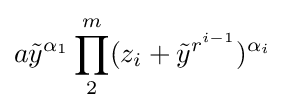
a{\tilde {y}}^{\alpha _{1}}\prod _{2}^{m}(z_{i}+{\tilde {y}}^{r^{i-1}})^{\alpha _{i}}